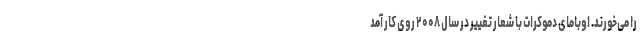
را می‌خورند. اوبامای دموکرات با شعار تغییر در سال ۲۰۰۸ روی کار آمد